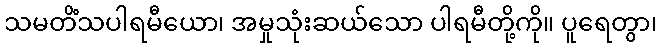
သမတိံသပါရမီယော၊ အမှုသုံးဆယ်သော ပါရမီတို့ကို။ ပူရေတွာ၊